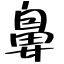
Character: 鼻